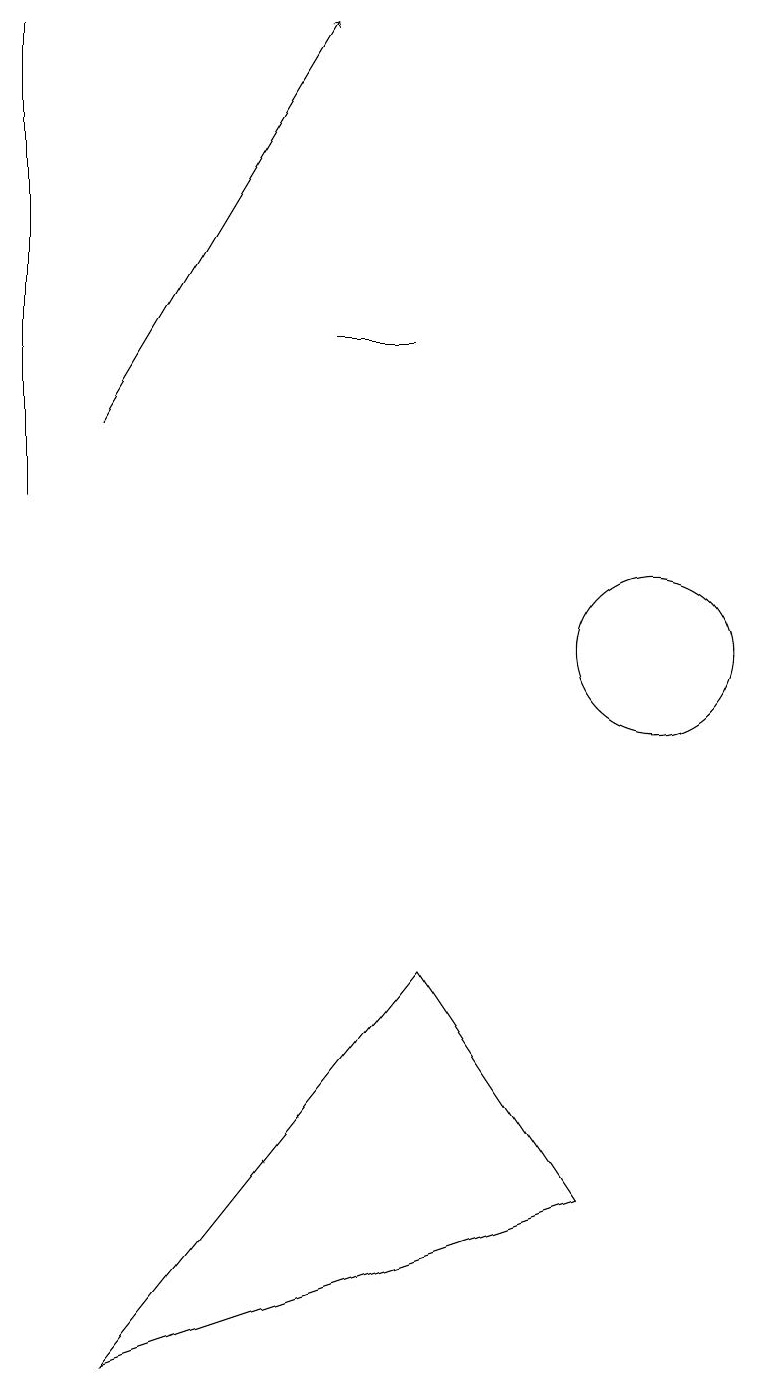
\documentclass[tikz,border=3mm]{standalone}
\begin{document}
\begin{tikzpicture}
\draw (7,14) rectangle (6,14);
\draw (2,12) rectangle (2,18);
\draw[->] (3,13) -- (6,18);
\draw (10,10) circle (1);
\draw (7,6) -- (9,3) -- (3,1) -- cycle;
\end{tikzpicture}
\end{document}